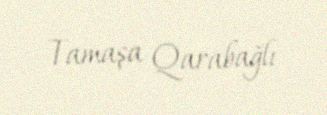
Tamaşa Qarabağlı